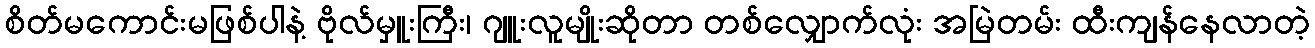
စိတ်မကောင်းမဖြစ်ပါနဲ့ ဗိုလ်မှူးကြီး၊ ဂျူးလူမျိုးဆိုတာ တစ်လျှောက်လုံး အမြဲတမ်း ထီးကျန်နေလာတဲ့